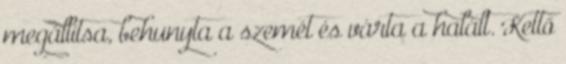
megállítsa, behunyta a szemét és várta a halált. Kettő